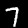
Label: 7